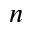
n